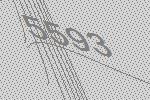
5593